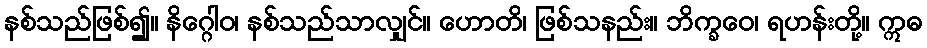
နစ်သည်ဖြစ်၍။ နိဂ္ဂေါဝ၊ နစ်သည်သာလျှင်။ ဟောတိ၊ ဖြစ်သနည်း။ ဘိက္ခဝေ၊ ရဟန်းတို့။ ဣဓ